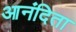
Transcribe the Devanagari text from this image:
आनंदिता